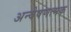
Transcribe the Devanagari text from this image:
अन्वेषणत्मक